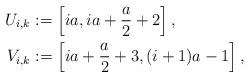
LaTeX: \begin{align*}U_{i,k} & := \left[ i a, ia + \frac{a}{2} + 2 \right],\\V_{i,k} & := \left[i a + \frac{a}{2} + 3, (i+1) a - 1 \right],\end{align*}